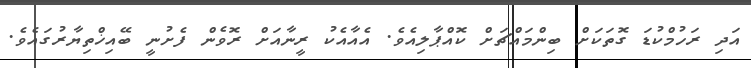
އަދި ރަހުމްކުޑަ ގޮތަކަށް ބިންމައްޗަށް ކޮއްޕާލިއެވެ. އެއާއެކު ރީނާއަށް ރޮވެން ފެށުނީ ބޭއިޚްތިޔާރުގައެވެ.